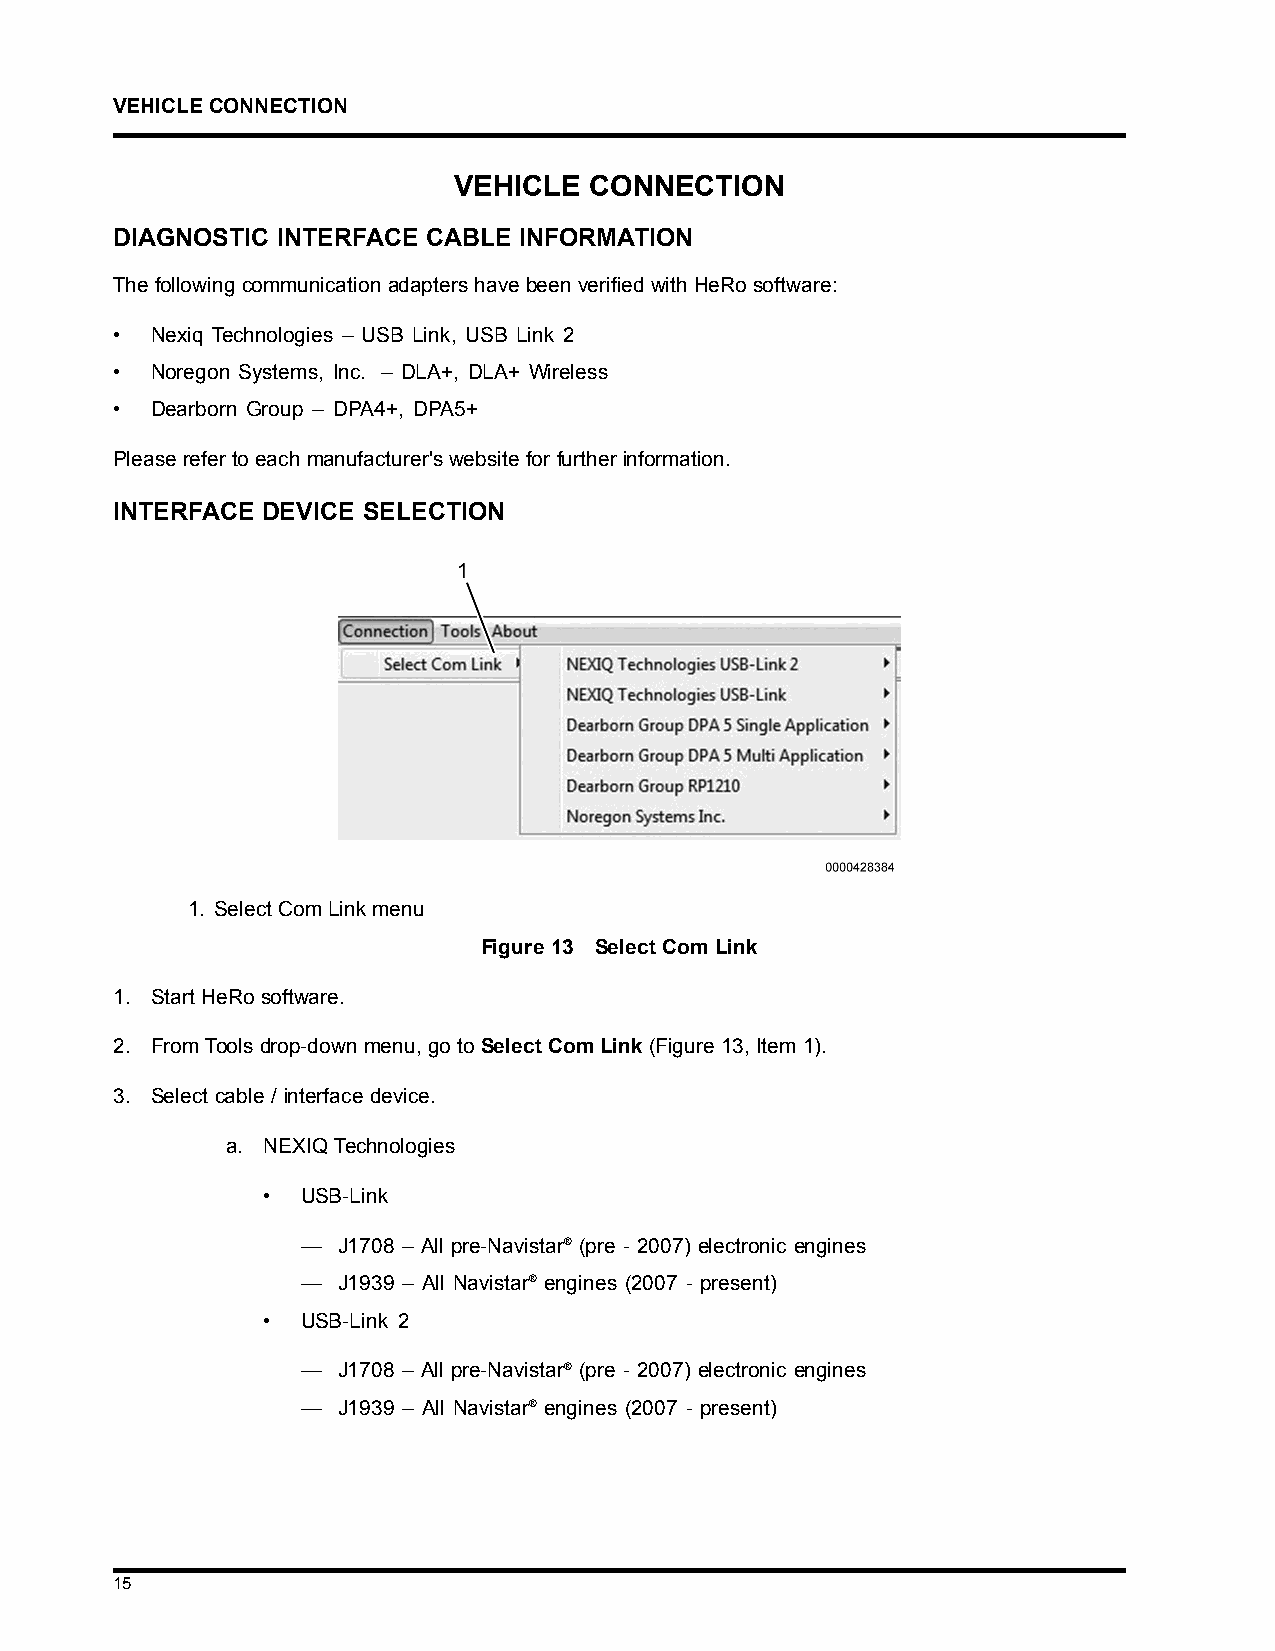
VEHICLECONNECTION
 VEHICLE  CONNECTION
 DIAGNOSTIC INTERFACE CABLE INFORMATION
 ThefollowingcommunicationadaptershavebeenverifiedwithHeRosoftware:
 •  Nexiq Technologies – USB Link, USB Link 2
 •  Noregon Systems, Inc. – DLA+, DLA+ Wireless
 •  Dearborn Group – DPA4+, DPA5+
 Please refer to each manufacturer's website for further information.
 INTERFACE DEVICE SELECTION
 1. SelectComLinkmenu
 Figure 13 Select Com Link
 1. Start HeRo software.
 2. FromToolsdrop-downmenu, gotoSelectComLink(Figure13, Item1).
 3. Select cable / interface device.
 a. NEXIQ Technologies
 •  USB-Link
 — J1708 – All pre-Navistar® (pre - 2007) electronic engines
 — J1939 – All Navistar® engines (2007 - present)
 •  USB-Link 2
 — J1708 – All pre-Navistar® (pre - 2007) electronic engines
 — J1939 – All Navistar® engines (2007 - present)
 15